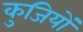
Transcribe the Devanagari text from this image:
कुजियों